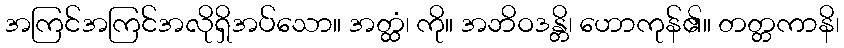
အကြင်အကြင်အလိုရှိအပ်သော။ အတ္ထံ၊ ကို။ အဘိဝဒန္တိ၊ ဟောကုန်၏။ တတ္တကာနိ၊